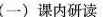
(一)课内研读9.